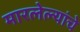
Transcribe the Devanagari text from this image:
मारलेल्यांचे